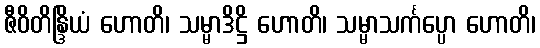
ဇီဝိတိန္ဒြိယံ ဟောတိ၊ သမ္မာဒိဋ္ဌိ ဟောတိ၊ သမ္မာသင်္ကပ္ပော ဟောတိ၊